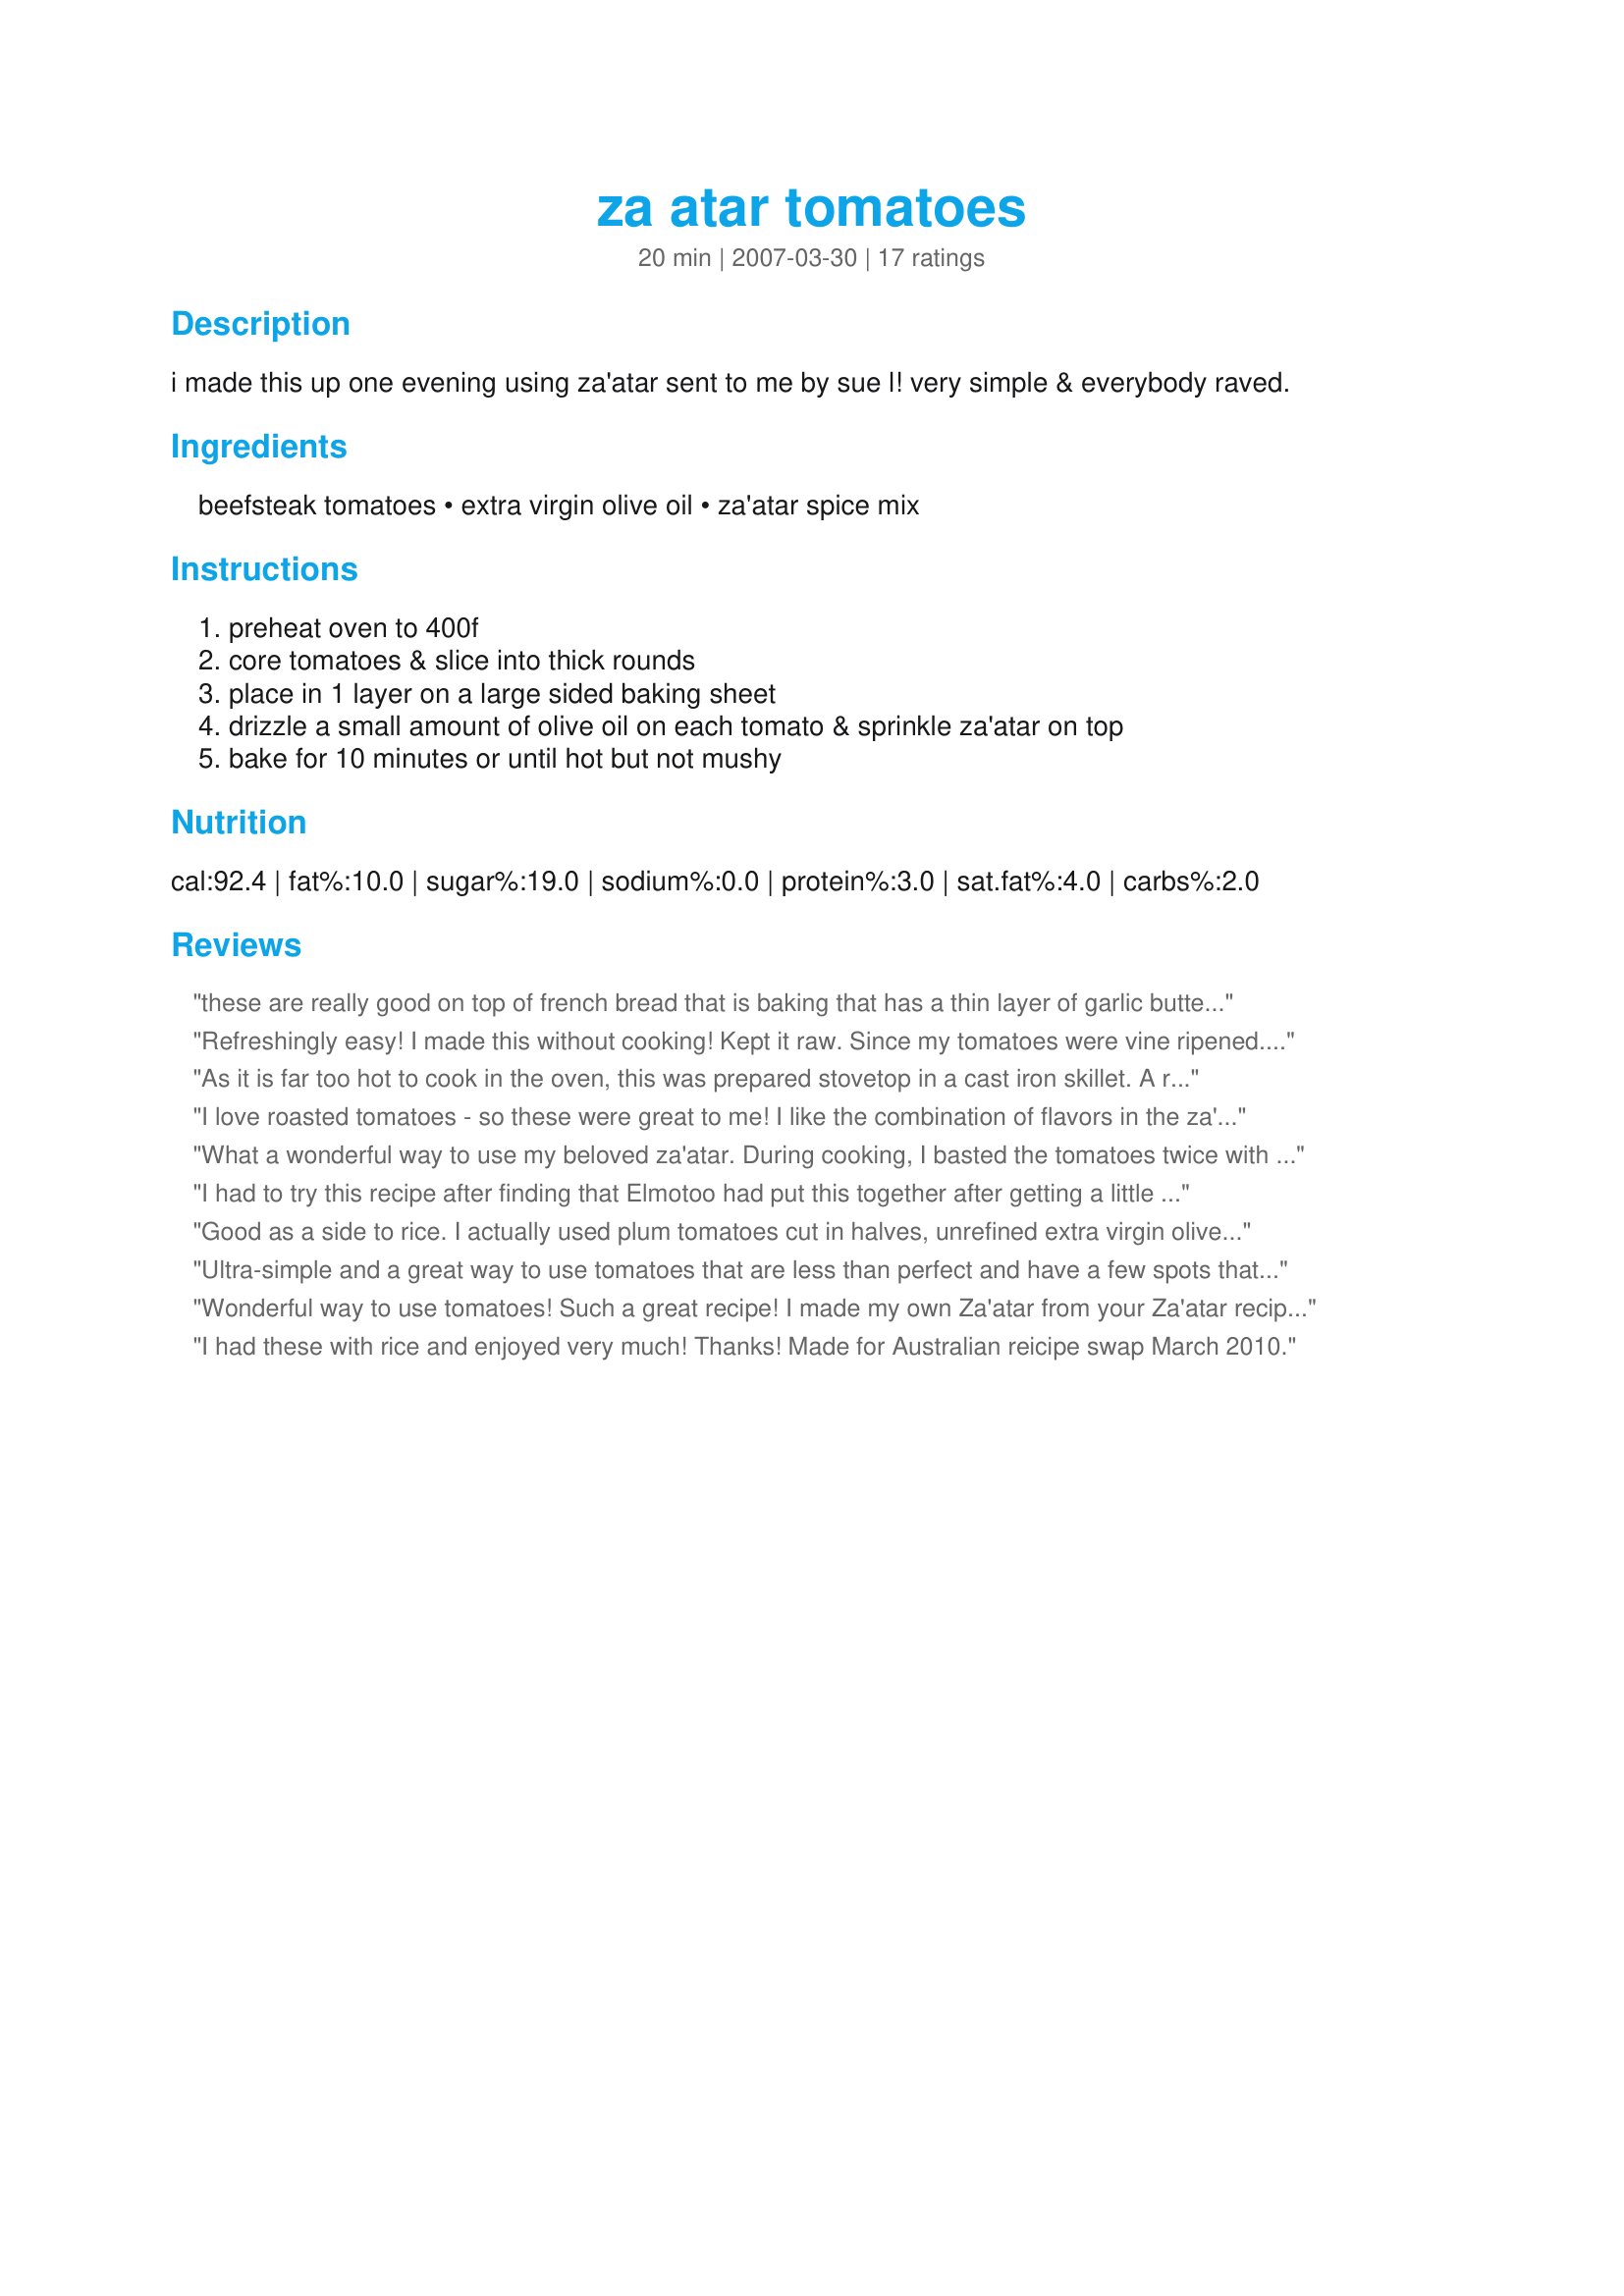
za atar tomatoes
Preparation time: 20 minutes

i made this up one evening using za'atar sent to me by sue l! very simple & everybody raved.

Ingredients:
beefsteak tomatoes, extra virgin olive oil, za'atar spice mix

Steps:
preheat oven to 400f, core tomatoes & slice into thick rounds, place in 1 layer on a large sided baking sheet, drizzle a small amount of olive oil on each tomato & sprinkle za'atar on top, bake for 10 minutes or until hot but not mushy

Reviews:
these are really good on top of french bread that is baking that has a thin layer of garlic butter and mozzerella cheese awesome
Refreshingly easy! I made this without cooking! Kept it raw. Since my tomatoes were vine ripened. Great for hot days! Thanks.
As it is far too hot to cook in the oven, this was prepared stovetop in a cast iron skillet. A recipe so simple, yet the perfect light summer dinner, this is something that every za'atar lover should try. Thank you for posting!
I love roasted tomatoes - so these were great to me! I like the combination of flavors in the za'atar with the tomatoes, they pair very well.
What a wonderful way to use my beloved za'atar. During cooking, I basted the tomatoes twice with the pan juices. Be careful when you take the first bite -- they hold their heat.
I had to try this recipe after finding that Elmotoo had put this together after getting a little surprise. It really does go well together and I love the warmth of the tomatoes, which will add a mood of grilled kebabs to any middle eastern or mediterranean meal. I served this with another middle eastern side, Jan's (Recipe #11041). All these two need is any favorite entree to wrap this up as a good meal with a bottle of wine. Thanks for sharing! ~Sue
Good as a side to rice. I actually used plum tomatoes cut in halves, unrefined extra virgin olive oil and recipe#65710. I served them alongside recipe#110070 with Balkan (thick) yogurt, for a good vegetarian meal. I may make this again. Made for JULY 2011 NA/ME TAG :)
Ultra-simple and a great way to use tomatoes that are less than perfect and have a few spots that need to be chopped off. Enjoyed by all.
Wonderful way to use tomatoes! Such a great recipe! I made my own Za'atar from your Za'atar recipe, although I did add a few pine nuts to the mix as I did not have enough sesame seeds. The flavour works so well with the baked tomatoes. The family really enjoyed this recipe and I will be making this again. Thanks Elmotoo for another fantastic recipe.
I had these with rice and enjoyed very much! Thanks! Made for Australian reicipe swap March 2010.
What a great side using lovely fresh tomatoes. Made using Recipe #490809. they stayed semi firm and still kept the fresh taste and the Za&#039;tar went so well with the tomato flavoe. So very easy and so very good. This one is a keeper.
Made for February Sun and Spice Event tag game and this was delicious. I can hardly wait to make this recipe with vine ripened tomatoes. Thank you for posting.
These are wonderful tomatoes!! I used your "recipe #189727" for this recipe. DH and I both agree that the flavour is just perfect. These will be made alot during the summer. Thank you for sharing. Made for African Recipe Fun.
Delicious side dish to roasted chicken. I used a za'atar spice recipe from this site. In the summer I might try this using green tomatoes. I might even try this in a fried green tomato recipe! Why not? Thanks for posting.
I didn't have any za'atar mix so I used another Middle Eastern spice mix, Recipe #224763. I added marjoram, thyme, & sesame seeds to the mixture to make it more like za'atar then sprinkled it on top of the tomatoes. Everyone loved it.
Meh.. Used heirloom tomatoes &amp; they got really mushy. Didn't love the Za'atar either.
Za'taar works very well on many veggies, I've used on zucchini, thinly sliced carrots etc. But this is the first time for tomatoes. Don't know how I overlooked that one, thanks for posting
